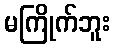
မကြိုက်ဘူး